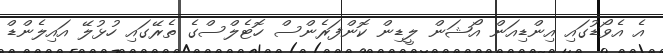
އެ އެވޯޑުގައި އިންޑިއަން އޯޝަން ލީޑިން ކޮންފަރެންސް ހޮޓެލްސްގެ ތެރޭގައި ހުޅުލޭ އައިލެންޑް